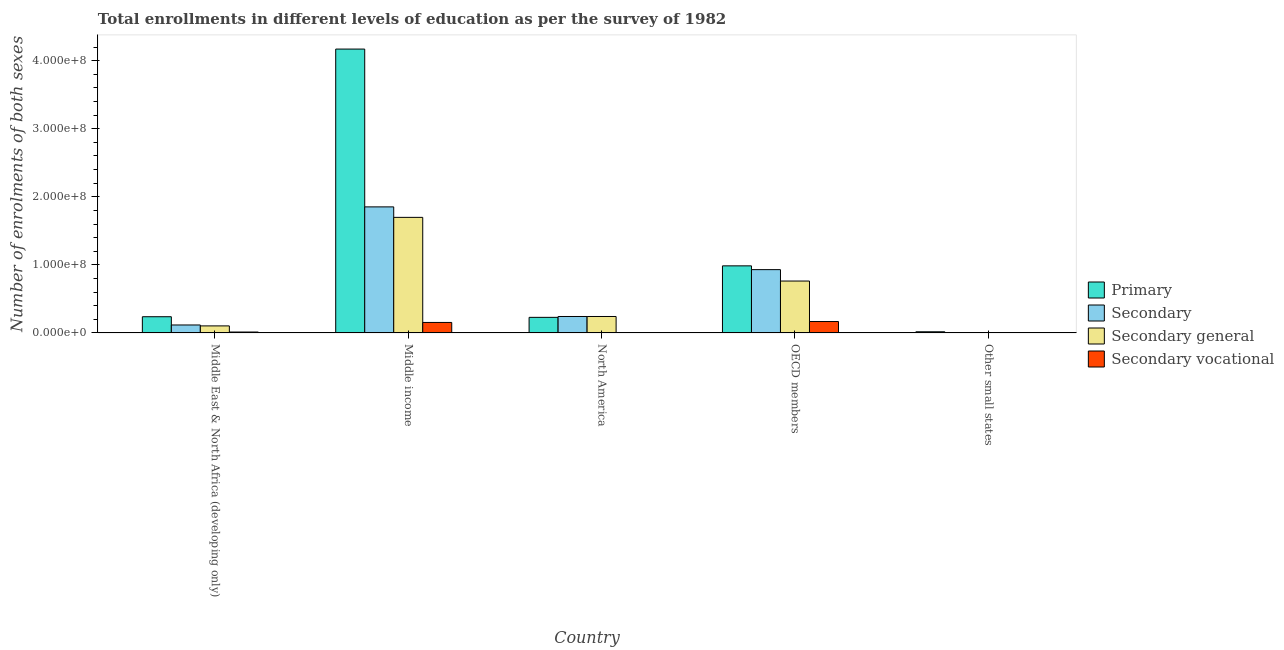
| Country | Primary | Secondary | Secondary general | Secondary vocational |
 | --- | --- | --- | --- | --- |
 | Middle East & North Africa (developing only) | 2.38e+07 | 1.17e+07 | 1.03e+07 | 1.35e+06 |
 | Middle income | 4.17e+08 | 1.85e+08 | 1.7e+08 | 1.54e+07 |
 | North America | 2.29e+07 | 2.42e+07 | 2.42e+07 | 182 |
 | OECD members | 9.86e+07 | 9.3e+07 | 7.62e+07 | 1.68e+07 |
 | Other small states | 1.71e+06 | 4.06e+05 | 3.58e+05 | 4.8e+04 |